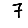
Digit: 7